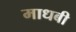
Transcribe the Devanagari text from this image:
माधबी